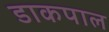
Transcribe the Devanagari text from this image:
डाकपाल